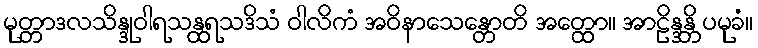
မုတ္တာဒလသိန္ဒုဝါရသန္ထရသဒိသံ ဝါလိကံ အဝိနာသေန္တောတိ အတ္ထော။ အာဠိန္ဒန္တိ ပမုခံ။